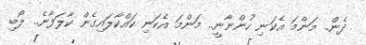
ދެން.. މަންމަ އެކަނި ހުންނާނީ.. މަންމަ އެކަނި ކައްކާލައިގެން ކާލަފާނެ.. ލޯބި